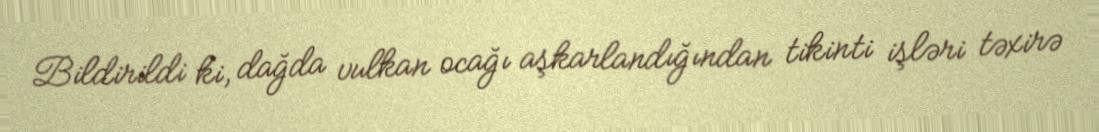
Bildirildi ki, dağda vulkan ocağı aşkarlandığından tikinti işləri təxirə